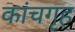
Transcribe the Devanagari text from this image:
कांचगृह